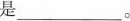
是___。